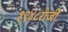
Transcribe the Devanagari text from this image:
१९४८रोजी